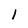
Character: 1